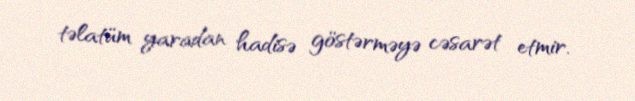
təlatüm yaradan hadisə göstərməyə cəsarət etmir.